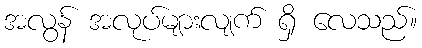
အလွန် အလုပ်များလျက် ရှိ လေသည်။